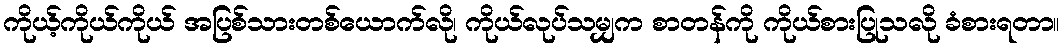
ကိုယ့်ကိုယ်ကိုယ် အပြစ်သားတစ်ယောက်လို၊ ကိုယ်လုပ်သမျှက စာတန်ကို ကိုယ်စားပြုသလို ခံစားရတာ။